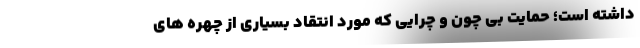
داشته است؛ حمایت بی چون و چرایی که مورد انتقاد بسیاری از چهره های